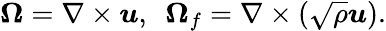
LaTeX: \boldsymbol{\Omega}=\nabla\times\boldsymbol{u},~~\boldsymbol{\Omega}_{f}=\nabla\times\left(\sqrt{\rho}\boldsymbol{u}\right).